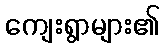
ကျေးရွာများ၏